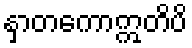
နှာတကောဣတိပိ